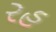
રહ